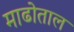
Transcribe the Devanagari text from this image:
माढोताल